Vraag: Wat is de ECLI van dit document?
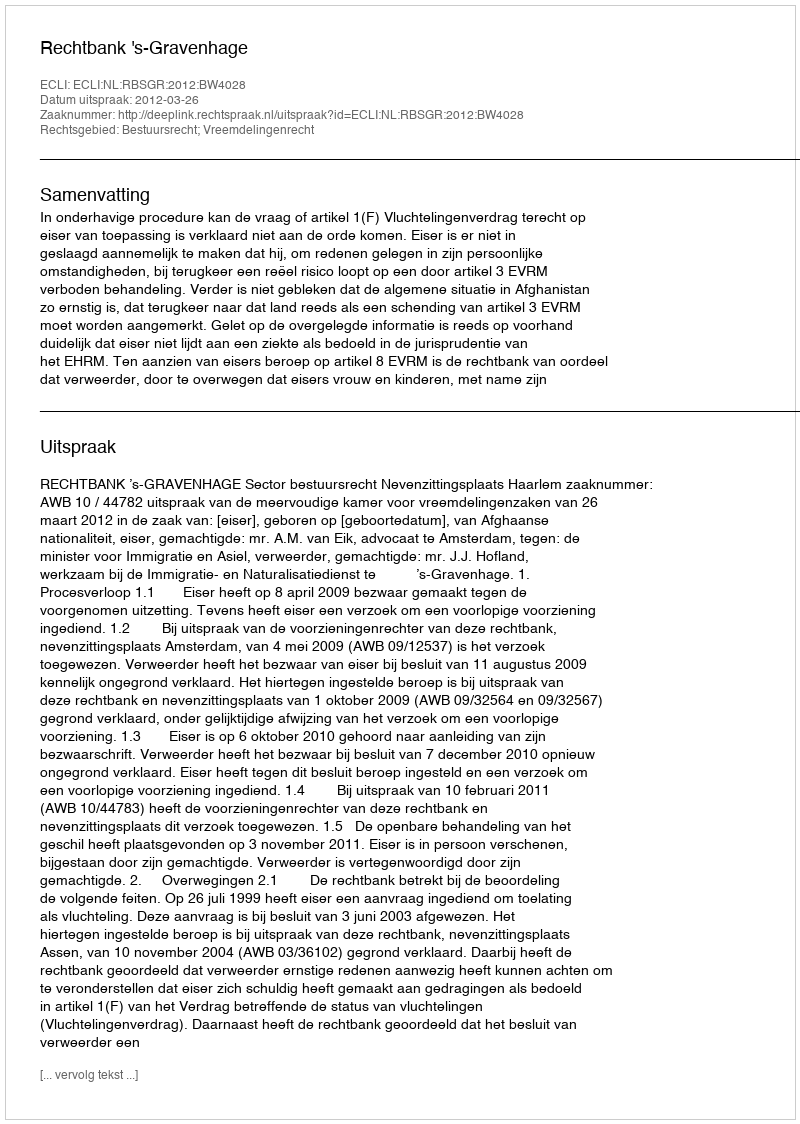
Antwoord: ECLI:NL:RBSGR:2012:BW4028